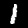
Digit: 1